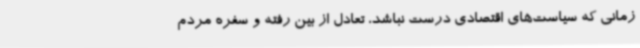
زمانی که سیاست‌های اقتصادی درست نباشد، تعادل از بین رفته و سفره مردم